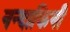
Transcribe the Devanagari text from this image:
नन्दाकिनी